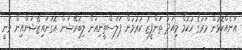
އަނެއްކޮޅުން މަރުގެ ހުކުމް މިއަދު ތަންފީޒު ކުރުމުން ޕަލަސްތީނިއަން ލިބަރޭޝަން އޮގަނައިޒޭޝަންއިން ވަނީ